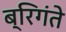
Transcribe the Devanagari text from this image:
ब्रिगंते